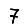
Digit: 7